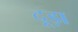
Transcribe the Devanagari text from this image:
दूड़ा